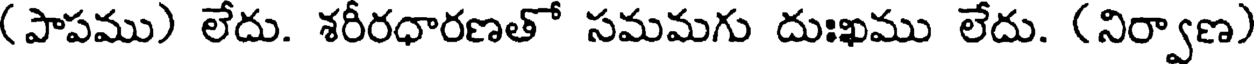
(పాపము) లేదు. శరీరధారణతో సమమగు దుఃఖము లేదు. (నిర్వాణ)